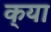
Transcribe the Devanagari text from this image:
क्‌या